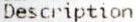
DESCRIPTION